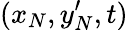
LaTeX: (x_{N},y_{N}^{\prime},t)